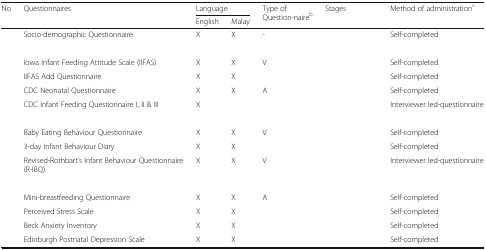
<table><thead><tr><td rowspan="2"><b>No</b></td><td rowspan="2"><b>Questionnaires</b></td><td colspan="2"><b>Language</b></td><td rowspan="2"><b>Type of Question-naire<sup>b</sup></b></td><td rowspan="2"><b>Stages</b></td><td rowspan="2"><b>Method of administration<sup>c</sup></b></td></tr><tr><td><b>English</b></td><td><b>Malay</b></td></tr></thead><tbody><tr><td>[EMPTY_CELL]</td><td>Socio-demographic Questionnaire</td><td>X</td><td>X</td><td>-</td><td>[EMPTY_CELL]</td><td>Self-completed</td></tr><tr><td colspan="7">[EMPTY_CELL]</td></tr><tr><td>[EMPTY_CELL]</td><td>Iowa Infant Feeding Attitude Scale (IIFAS)</td><td>X</td><td>X</td><td>V</td><td>[EMPTY_CELL]</td><td>Self-completed</td></tr><tr><td>[EMPTY_CELL]</td><td>IIFAS Add Questionnaire</td><td>X</td><td>X</td><td>[EMPTY_CELL]</td><td>[EMPTY_CELL]</td><td>Self-completed</td></tr><tr><td>[EMPTY_CELL]</td><td>CDC Neonatal Questionnaire</td><td>X</td><td>X</td><td>A</td><td>[EMPTY_CELL]</td><td>Self-completed</td></tr><tr><td>[EMPTY_CELL]</td><td>CDC Infant Feeding Questionnaire I, II &amp; III</td><td>X</td><td>[EMPTY_CELL]</td><td>[EMPTY_CELL]</td><td>[EMPTY_CELL]</td><td>Interviewer led-questionnaire</td></tr><tr><td colspan="6">[EMPTY_CELL]</td><td>[EMPTY_CELL]</td></tr><tr><td>[EMPTY_CELL]</td><td>Baby Eating Behaviour Questionnaire</td><td>X</td><td>X</td><td>V</td><td>[EMPTY_CELL]</td><td>Self-completed</td></tr><tr><td>[EMPTY_CELL]</td><td>3-day Infant Behaviour Diary</td><td>X</td><td>X</td><td>[EMPTY_CELL]</td><td>[EMPTY_CELL]</td><td>Self-completed</td></tr><tr><td>[EMPTY_CELL]</td><td>Revised-Rothbart’s Infant Behaviour Questionnaire (R-IBQ)</td><td>X</td><td>X</td><td>V</td><td>[EMPTY_CELL]</td><td>Interviewer led-questionnaire</td></tr><tr><td colspan="7">[EMPTY_CELL]</td></tr><tr><td>[EMPTY_CELL]</td><td>Mini-breastfeeding Questionnaire</td><td>X</td><td>X</td><td>A</td><td>[EMPTY_CELL]</td><td>Self-completed</td></tr><tr><td>[EMPTY_CELL]</td><td>Perceived Stress Scale</td><td>X</td><td>X</td><td>[EMPTY_CELL]</td><td>[EMPTY_CELL]</td><td>Self-completed</td></tr><tr><td>[EMPTY_CELL]</td><td>Beck Anxiety Inventory</td><td>X</td><td>X</td><td>[EMPTY_CELL]</td><td>[EMPTY_CELL]</td><td>Self-completed</td></tr><tr><td>[EMPTY_CELL]</td><td>Edinburgh Postnatal Depression Scale</td><td>X</td><td>X</td><td>[EMPTY_CELL]</td><td>[EMPTY_CELL]</td><td>Self-completed</td></tr></tbody></table>